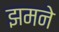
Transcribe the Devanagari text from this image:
झमने